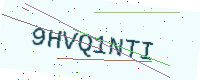
Text: 9HVQ1NTI